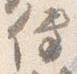
伝